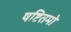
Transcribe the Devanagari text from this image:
षष्टितमो